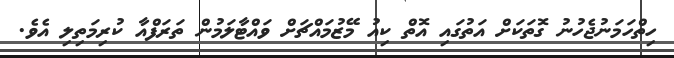
ހިތްހަމަނުޖެހުނު ގޮތަކަށް އަތުގައި އޮތް ކިއު މޭޒުމައްޗަށް ވައްޓާލަމުން ތަރަފްއާ ކުރިމަތިލި އެވެ.